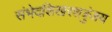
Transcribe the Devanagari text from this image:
संभेदशिखरशत्रुंजय